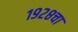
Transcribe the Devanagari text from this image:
१९२८चा